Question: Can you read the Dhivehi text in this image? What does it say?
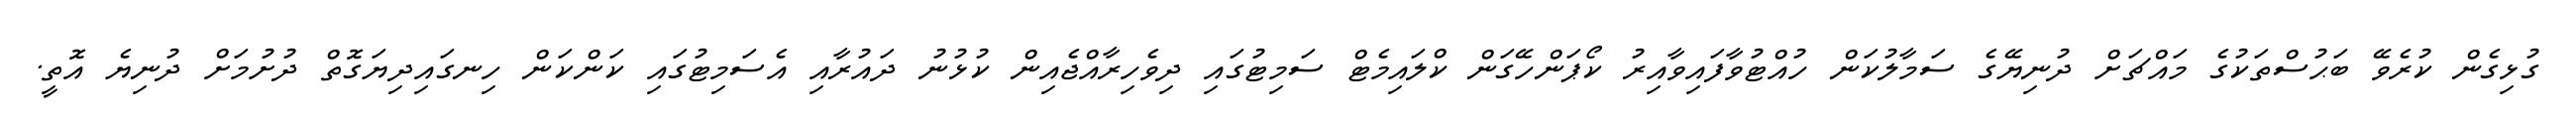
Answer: ގުޅިގެން ކުރެވޭ ބަޙުސްތަކުގެ މައްޗަށް ދުނިޔޭގެ ސަމާލުކަން ހުއްޓުވާފައިވާއިރު ކޯޕަންހޭގަން ކްލައިމެޓް ސަމިޓުގައި ދިވެހިރާއްޖެއިން ކުޅުނު ދައުރާއި އެސަމިޓުގައި ކަންކަން ހިނގައިދިޔަގޮތް ދުށުމަށް ދުނިޔެ އޮތީ.